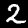
Label: 2